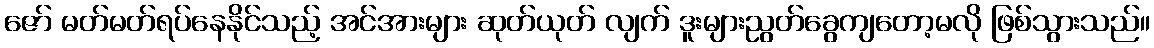
ဇော် မတ်မတ်ရပ်နေနိုင်သည့် အင်အားများ ဆုတ်ယုတ် လျက် ဒူးများညွတ်ခွေကျတော့မလို ဖြစ်သွားသည်။